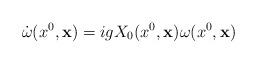
LaTeX: \begin{align*}\dot{\omega}(x^{0}, {\bf x}) = igX_{0}(x^{0}, {\bf x})\omega (x^{0}, {\bf x})\end{align*}